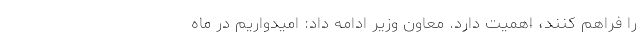
را فراهم کنند، اهمیت دارد. معاون وزیر ادامه داد: امیدواریم در ماه